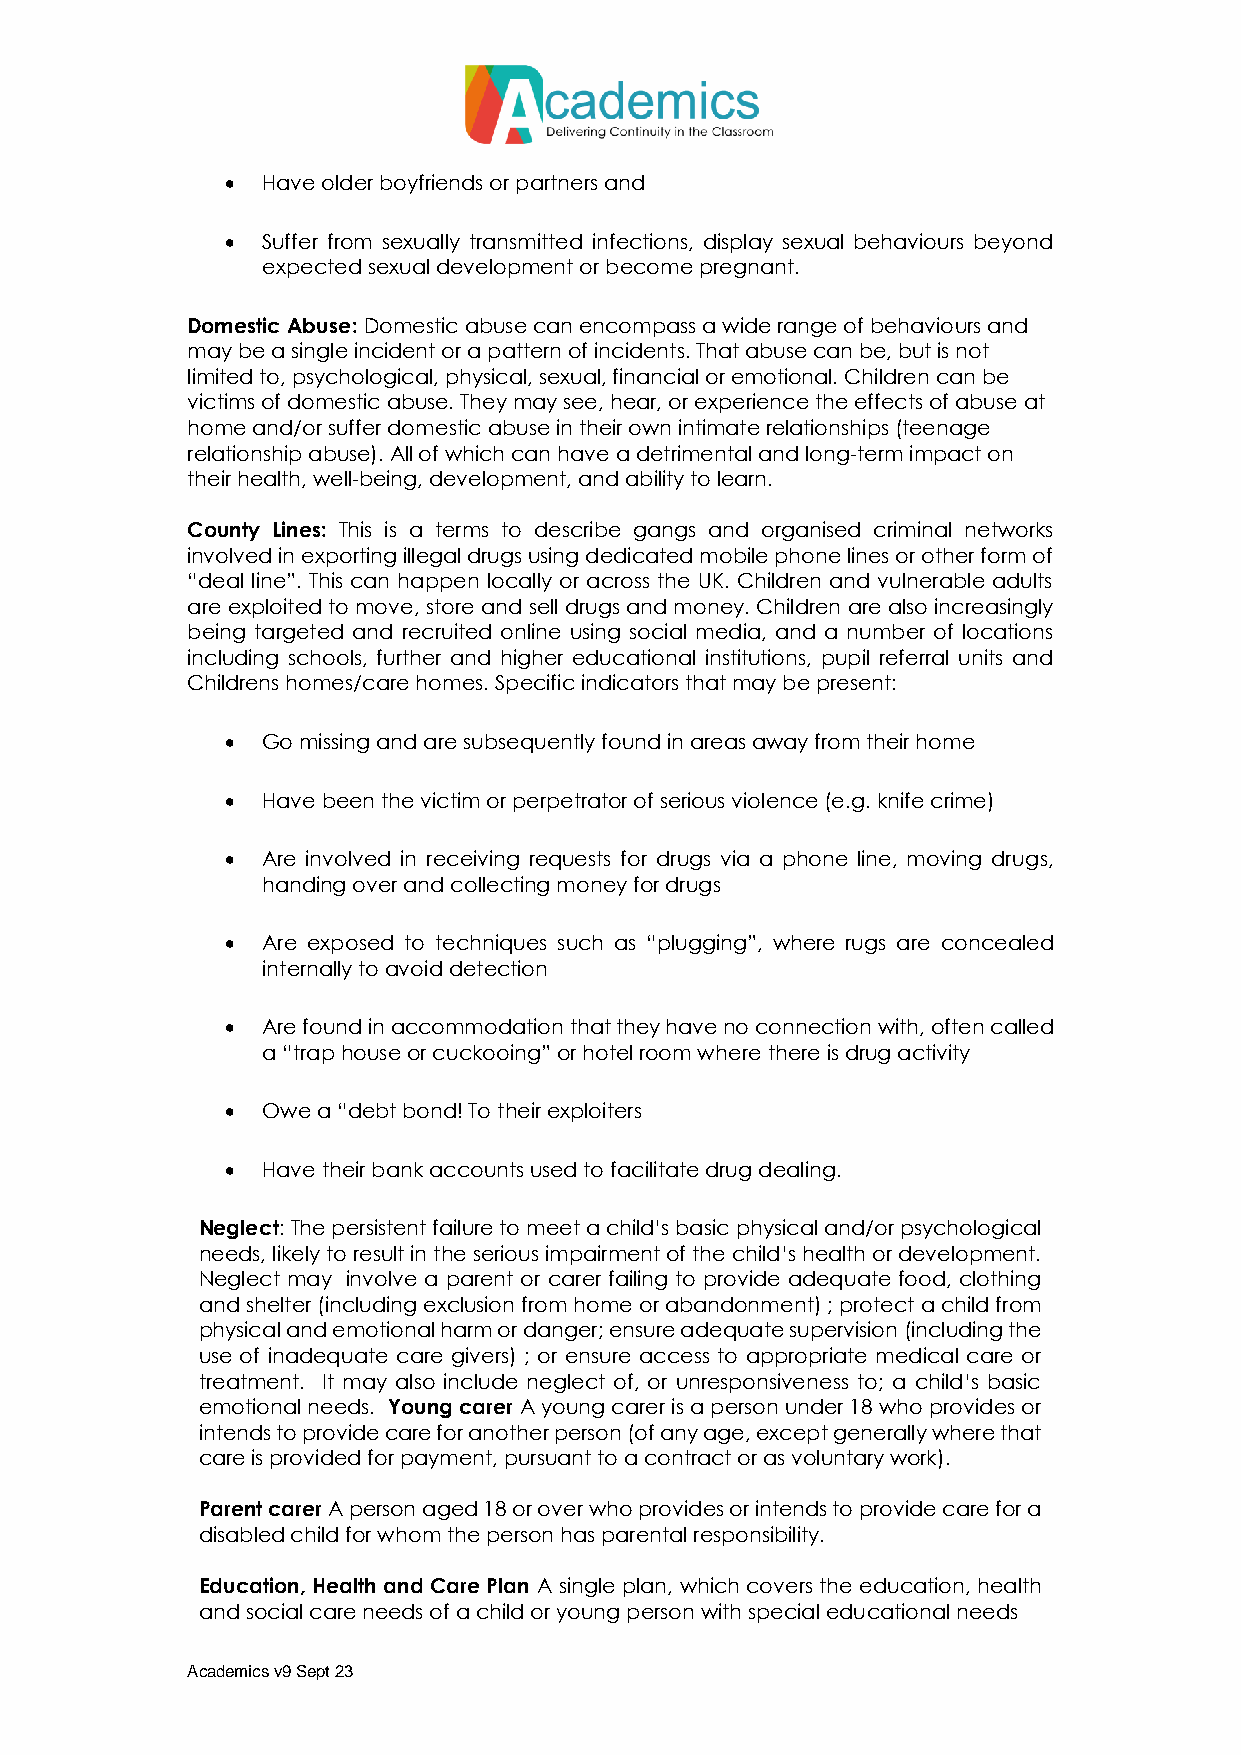
 Have older boyfriends or partners and
  Suffer from sexually transmitted infections, display sexual behaviours beyond
 expected sexual development or become pregnant.
 Domestic Abuse: Domestic abuse can encompass a wide range of behaviours and
 may be a single incident or a pattern of incidents. That abuse can be, but is not
 limited to, psychological, physical, sexual, financial or emotional. Children can be
 victims of domestic abuse. They may see, hear, or experience the effects of abuse at
 home and/or suffer domestic abuse in their own intimate relationships (teenage
 relationship abuse). All of which can have a detrimental and long-term impact on
 their health, well-being, development, and ability to learn.
 County Lines: This is a terms to describe gangs and organised criminal networks
 involved in exporting illegal drugs using dedicated mobile phone lines or other form of
 “deal line”. This can happen locally or across the UK. Children and vulnerable adults
 are exploited to move, store and sell drugs and money. Children are also increasingly
 being targeted and recruited online using social media, and a number of locations
 including schools, further and higher educational institutions, pupil referral units and
 Childrens homes/care homes. Specific indicators that may be present:
  Go missing and are subsequently found in areas away from their home
  Have been the victim or perpetrator of serious violence (e.g. knife crime)
  Are involved in receiving requests for drugs via a phone line, moving drugs,
 handing over and collecting money for drugs
  Are exposed to techniques such as “plugging”, where rugs are concealed
 internally to avoid detection
  Are found in accommodation that they have no connection with, often called
 a “trap house or cuckooing” or hotel room where there is drug activity
  Owe a “debt bond! To their exploiters
  Have their bank accounts used to facilitate drug dealing.
 Neglect: The persistent failure to meet a child’s basic physical and/or psychological
 needs, likely to result in the serious impairment of the child’s health or development.
 Neglect may involve a parent or carer failing to provide adequate food, clothing
 and shelter (including exclusion from home or abandonment) ; protect a child from
 physical and emotional harm or danger; ensure adequate supervision (including the
 use of inadequate care givers) ; or ensure access to appropriate medical care or
 treatment. It may also include neglect of, or unresponsiveness to; a child’s basic
 emotional needs. Young carer A young carer is a person under 18 who provides or
 intends to provide care for another person (of any age, except generally where that
 care is provided for payment, pursuant to a contract or as voluntary work).
 Parent carer A person aged 18 or over who provides or intends to provide care for a
 disabled child for whom the person has parental responsibility.
 Education, Health and Care Plan A single plan, which covers the education, health
 and social care needs of a child or young person with special educational needs
 Academics v9 Sept 23